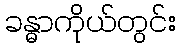
ခန္ဓာကိုယ်တွင်း